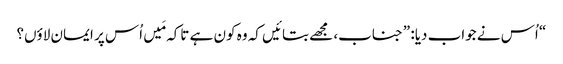
‏“‏ اُس نے جواب دیا:‏ ”‏جناب،‏ مجھے بتائیں کہ وہ کون ہے تاکہ مَیں اُس پر ایمان لاؤں؟